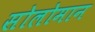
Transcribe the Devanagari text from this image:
सोलोमान